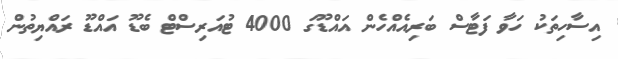
އިސާހިތަކު ހަވާ ފަޓާސް ބަރިއެއްހެން އައްޑޫގަ 4000 ޓުއަރިސްޓް ބެޑޫ އައްޑޫ ރައްޔިތުން